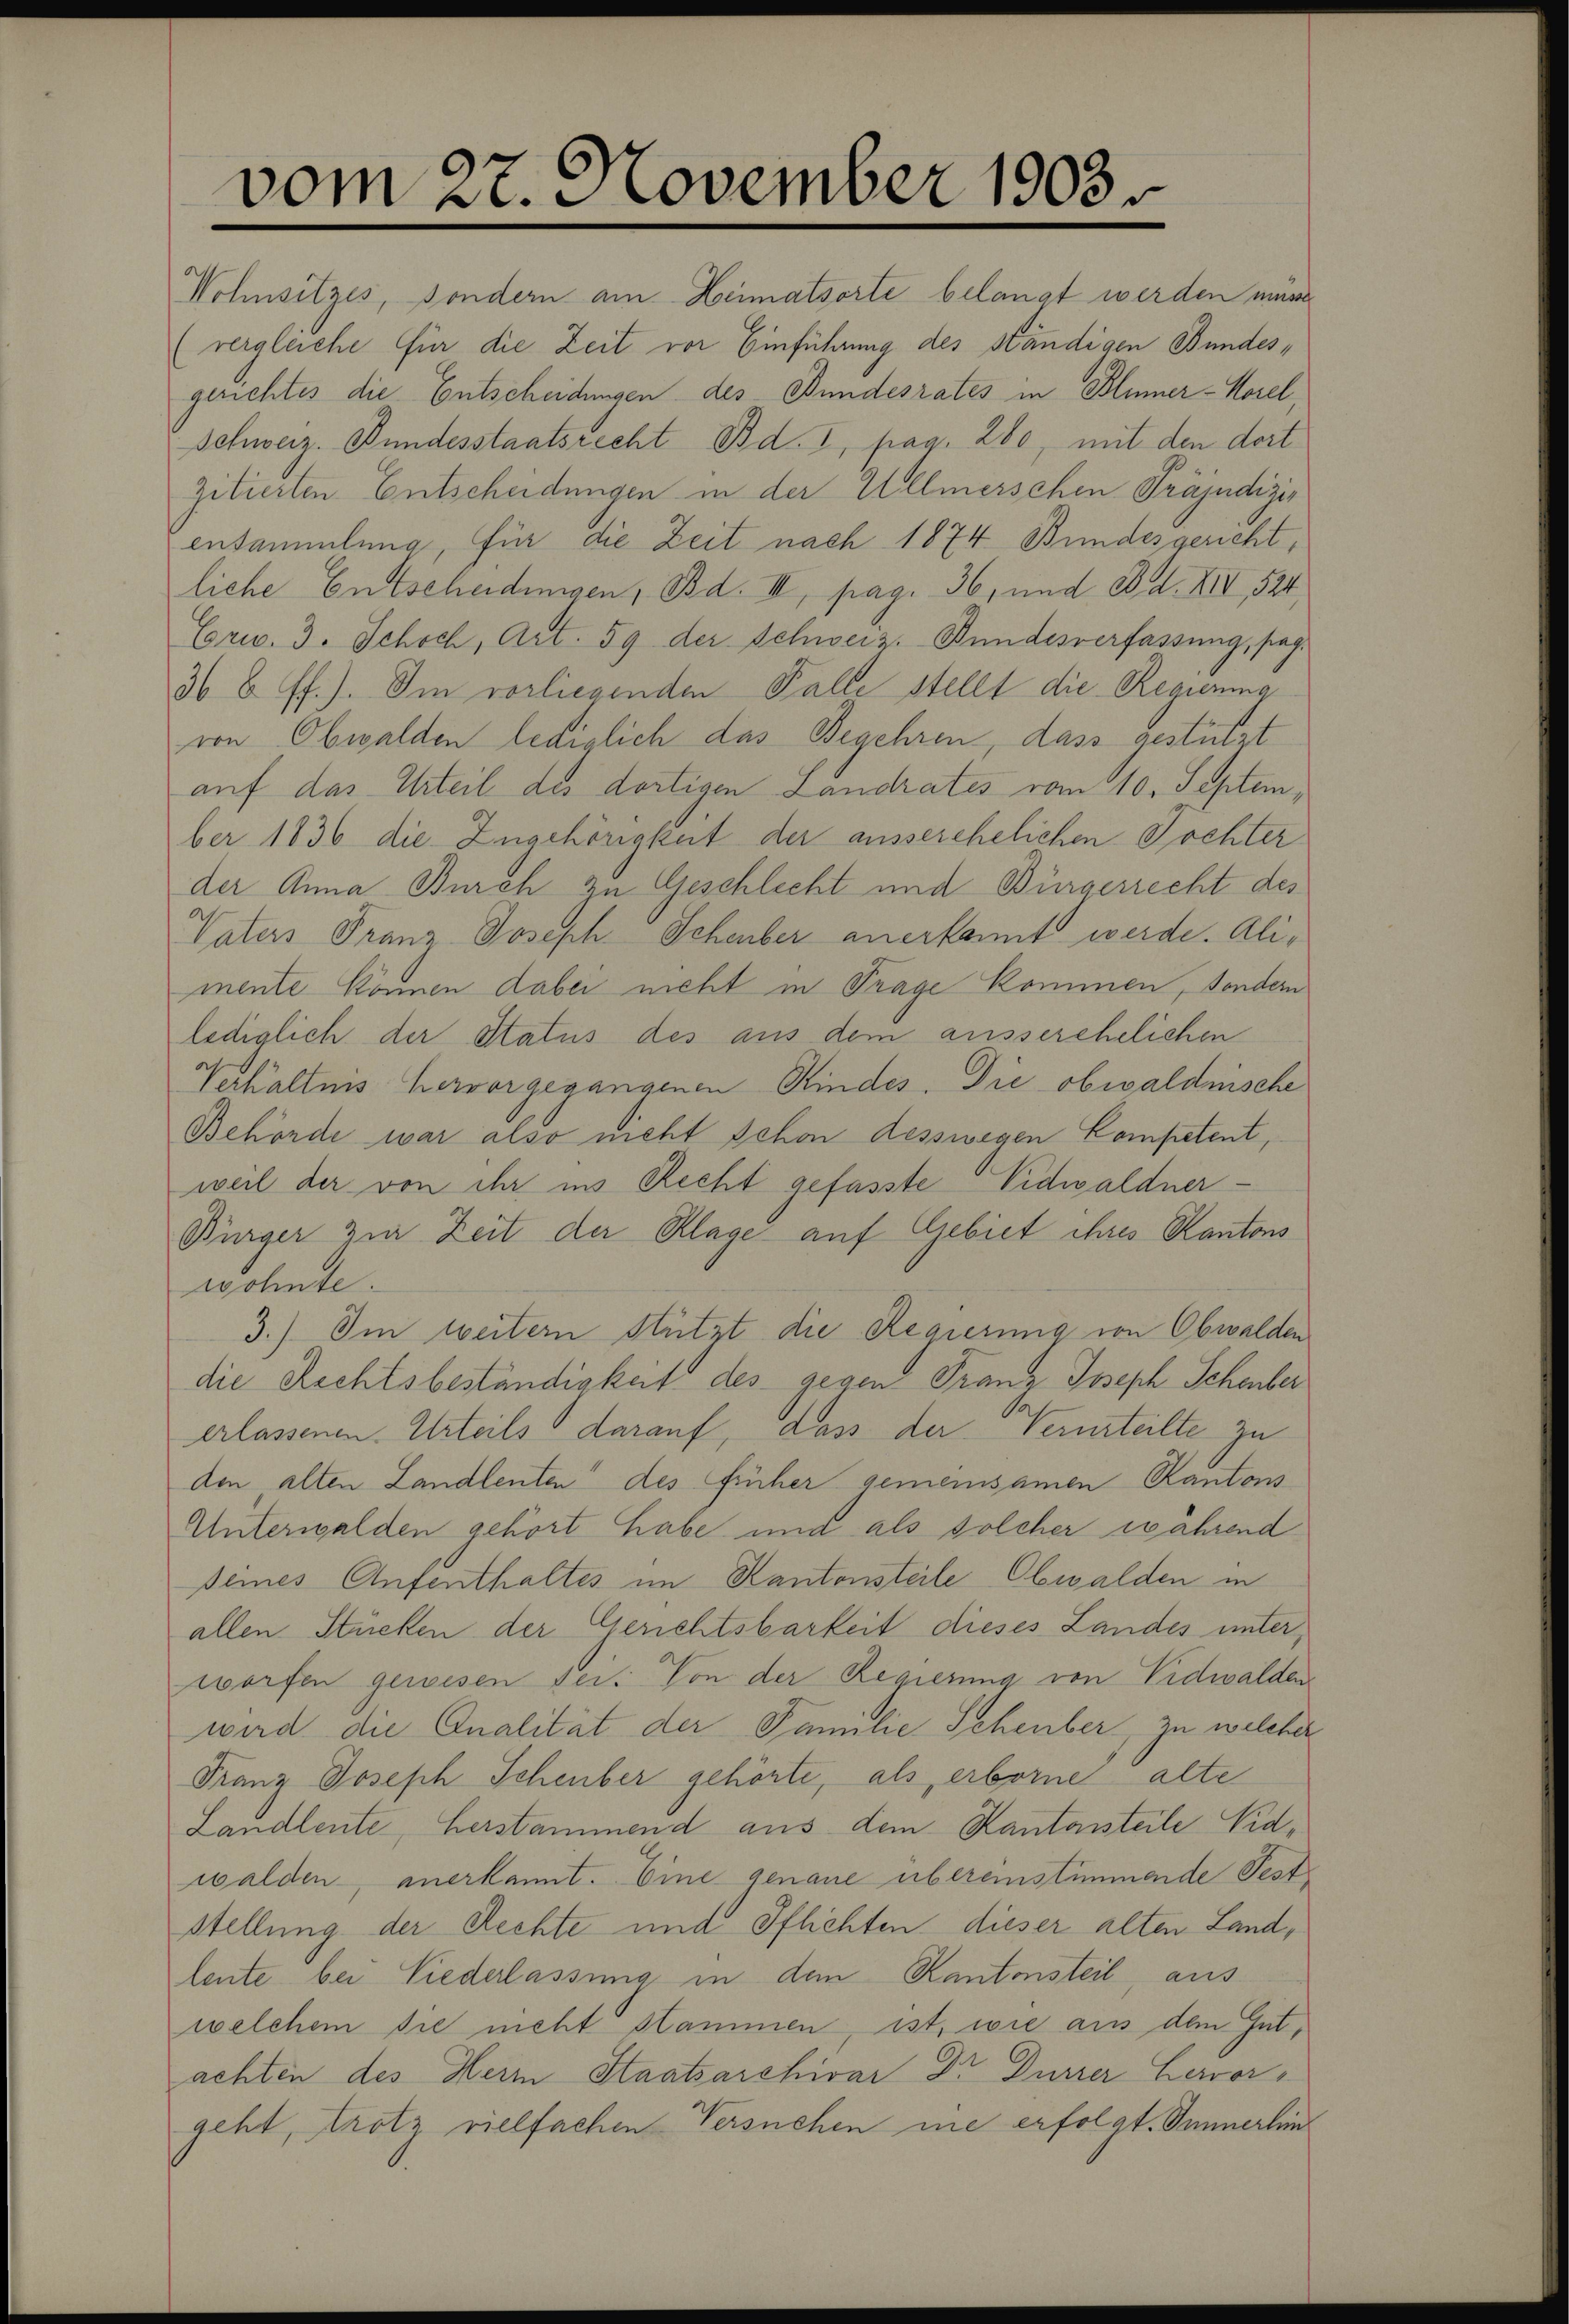
vom 27. November 1903.

zitierten Entscheidungen in der Ullmerschen Präjudizir
insammlung, für die Zeit nach 1874 Bundesgericht,
liche Entscheidungen, Bd. II, pag. 36, und Bd. XII, 524
Crw. 3. Schoch, Art. 59 der Schweiz. Bundesverfassung, sag
36 b. ff.). Im vorliegenden Falle stellt die Regierung
von Obwalden lediglich das Begehren, dass gestützt
auf das Urteil des dortigen Landrates vom 10. September 1836 die Zugehörigkeit der ausserehelichen Tochter
der Anna Burch zu Geschlecht und Bürgerrecht des
Vaters Franz Joseph Schenber anerkannt werde. Alimente können dabei nicht in Trage kommen, sondern
lediglich der Status des aus dem ausserehelichen
Verhältnis hervorgegangenen Kindes. Die obwaldnische
Behörde war also nicht schon desswegen Competent,
weil der von ihr ins Recht gefasste Vidwaldner¬
Bürger zur Zeit der Klage auf Gebiet ihres Kantons
wohnte.
3.) Im weitern Stützt die Regierung von Obwalden
die Rechtsbeständigkeit des gegen Franz Joseph Schenber
erlassenen Urteils darauf, dass der Verurteilte zu
den alten Landlenten des früher gemeinsamen Kantons
Unterwalden gehört habe und als solcher während
Deines Aufenthaltes im Kantonsteile Obwalden in
allen Stücken der Gerichtsbarkeit dieses Landes unterworfen gewesen sei. Von der Regierung von Vidwalden
wird die Qualität der Familie Scheuber, zu welcher
Franz Joseph Schenber gehörte, als erborne alte
Landleute, Herstammend aus dem Kantonsteile Vidwalden, anerkannt. Eine genaue übereinstimmende Fest
stellung der Rechte und Pflichten dieser alten Landleute bei Niederlassung in dem Kantonsteil, aus
welchem sie nicht stammen, ist, wie aus dem Gutachten des Herm Staatsarchivar Dr Dürrer Hervorgeht, trotz vielfachen Versuchen ine erfolgt. Sinnerhin

Wohnsitzes, sondern am Heimatsorte belangt werden man
(vergleiche für die Zeit vor Einführung des ständigen Bundesgerichtes die Entscheidungen des Bundesrates in Blümer-Morel
Schweiz. Bundesstaatsrecht Bd. I, pag. 280, mit den dort